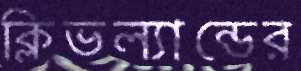
ক্লিভল্যান্ডের